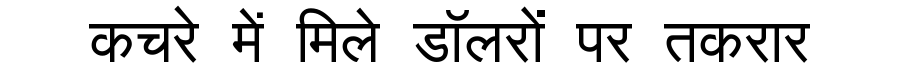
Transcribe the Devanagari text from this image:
कचरे में मिले डॉलरों पर तकरार